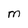
Character: M